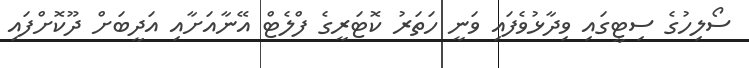
ސޯލިހުގެ ސިޓީގައި ވިދާޅުވެފައި ވަނީ ހަތަރު ކޮޓަރީގެ ފްލެޓް އޭނާއަށާއި އަދީބަށް ދޫކޮށްފައި